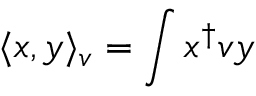
\langle x , y \rangle _ { v } = \int x ^ { \dagger } v y